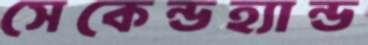
সেকেন্ডহ্যান্ড